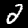
Digit: 2